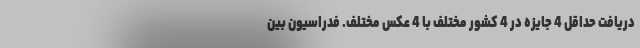
دریافت حداقل 4 جایزه در 4 کشور مختلف با 4 عکس مختلف. فدراسیون بین